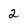
Character: 2